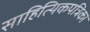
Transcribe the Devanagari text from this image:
साहित्यिकपत्रिका